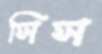
সিস